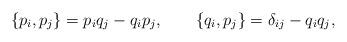
LaTeX: \begin{align*}\{p_i, p_j\} = p_i q_j - q_i p_j, \qquad \{q_i, p_j\} = \delta_{ij} - q_iq_j,\end{align*}